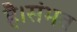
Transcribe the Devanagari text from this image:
है।संभव